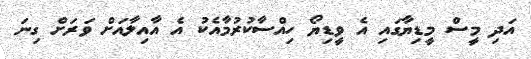
އަދި މީސް މީޑިޔާގައި އެ ވީޑިޔޯ ހިއްސާކުރުމާއެކު އެ އާއިލާއަށް ވަރަށް ގިނަ